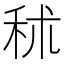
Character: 秫